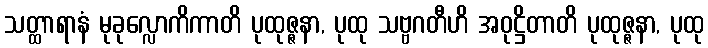
သတ္ထာရာနံ မုခုလ္လောကိကာတိ ပုထုဇ္ဇနာ, ပုထု သဗ္ဗဂတီဟိ အဝုဋ္ဌိတာတိ ပုထုဇ္ဇနာ, ပုထု